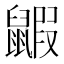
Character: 𪕰